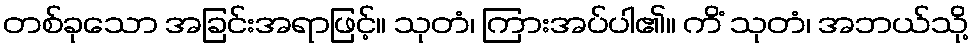
တစ်ခုသော အခြင်းအရာဖြင့်။ သုတံ၊ ကြားအပ်ပါ၏။ ကိံ သုတံ၊ အဘယ်သို့